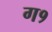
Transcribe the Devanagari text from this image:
ग१